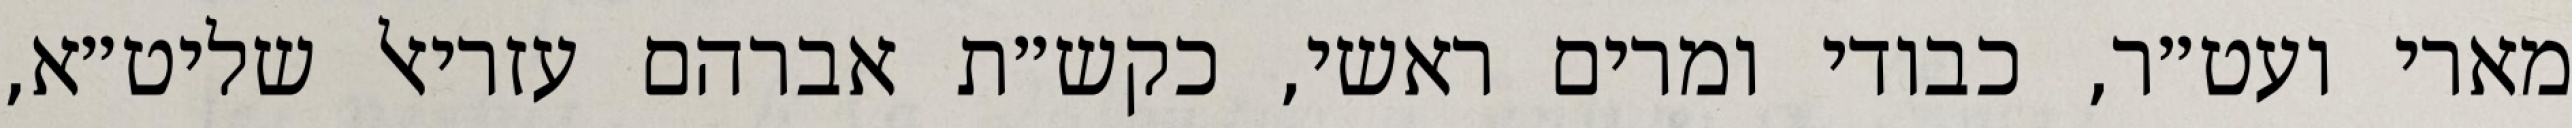
מארי ועט״ר, כבודי ומרים ראשי, כקש״ת אברהם עזריאל שליט״א,